Vaccination United Provinces of Agra and Oudh 1902-1913 - 1902-1913
Year: 1902
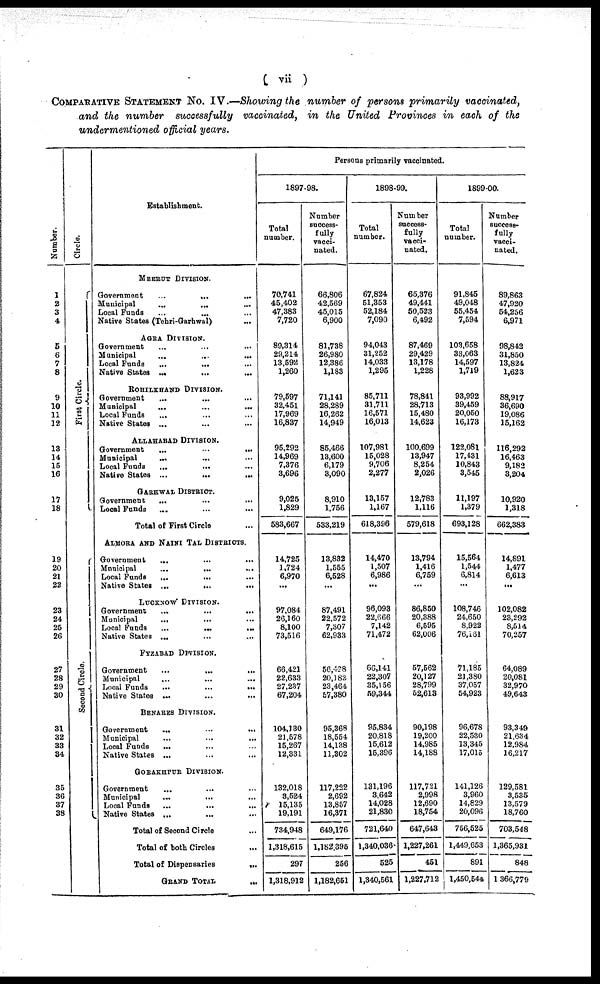
( vii )
COMPARATIVE STATEMENT No. IV.—Showing the number of persons primarily vaccinated,
and the number successfully vaccinated, in the United Provinces in each of the
undermentioned official years.
Number.
1
2
3
4
5
6
7
8
9
10
11
12
13
14
15
16
17
18
19
20
21
22
23
24
25
26
27
28
29
30
31
32
33
34
35
36
37
38
Circle.
First Circle.
Second Circle.
Establishment.
MEERUT DIVISION.
Government
...
...
...
Municipal
...
... ...
Local Funds
...
... ...
Native States (Tehri-Garhwal) ...
AGRA DIVISION.
Government ... ... ...
Municipal ... ... ...
Local Funds ... ... ...
Native States ...
... ...
ROHILKHUND DIVISION.
Government ... ... ...
Municipal ... ... ...
Local Funds ... ... ...
Native States ... ... ...
ALLAHABAD DIVISION.
Government
...
...
...
Municipal ... ... ...
Local Funds
...
... ...
Native States ... ... ...
GARHWAL DISTRICT.
Government
...
...
...
Local Funds ... ... ...
Total of First Circle ... ... ...
ALMORA AND NAINI TAL DISTRICTS.
Government
...
...
...
Municipal
...
... ...
Local Funds ... ... ...
Native States ...
...
...
LUCKNOW DIVISION.
Government
...
...
...
Municipal
... ... ...
Local Funds
...
...
...
Native States ... ... ...
FYZABAD DIVISION.
Government
...
...
...
Municipal
...
...
...
Local Funds ... ... ...
Native States ... ... ...
BENARES DIVISION.
Government
...
...
...
Municipal
...
...
...
Local Funds ... ... ...
Native States ... ... ...
GORAKHPUR DIVISION.
Government ... ... ...
Municipal
...
... ...
Local Funds
...
...
...
Native States ... ... ...
Total of Second Circle ...
Total of both Circles ...
Total of Dispensaries
...
GRAND TOTAL
...
Persons primarily vaccinated.
1897-98.
Total
number.
70,741
45,402
47,383
7,720
89,314
29,214
13,592
1,260
79,597
32,451
17,969
16,837
95,292
14,969
7,376
3,696
9,025
1,829
583,667
14,725
1,724
6,970
...
97,084
26,160
8,100
73,516
66,421
22,633
27,237
67,204
104,130
21,578
15,267
12,331
132,018
3,524
15,135
19,191
734,948
1,318,615
297
1,318,912
Number
success-
fully
vacci-
nated.
66,806
42,569
45,015
6,900
81,738
26,980
12,386
1,183
71,141
28,289
16,262
14,949
85,466
13,600
6,179
3,090
8,910
1,756
533,219
13,832
1,555
6,528
...
87,491
22,572
7,307
62,933
56,428
20,182
23,464
57,380
95,368
18,554
14,138
11,302
117,222
2,692
13,857
16,371
649,176
1,182,395
256
1,182,651
1898-99.
Total
number.
67,824
51,353
52,184
7,090
94,043
31,252
14,033
1,295
85,711
31,711
16,571
16,013
107,981
15,028
9,706
2,277
13,157
1,167
618,396
14,470
1,507
6,986
...
96,093
22,666
7,142
71,472
66,141
22,307
35,156
59,344
95,834
20,818
15,612
15,396
131,196
3,642
14,028
21,830
721,640
1,340,036
525
1,340,561
Number
success-
fully
vacci-
nated.
65,376
49,441
50,523
6,492
87,469
29,429
13,178
1,228
78,841
28,713
15,480
14,623
100,699
13,947
8,254
2,026
12,783
1,116
579,618
13,794
1,416
6,759
...
86,850
20,388
6,595
62,006
57,562
20,127
28,799
52,613
90,198
19,200
14,985
14,188
117,721
2,998
12,690
18,754
647,643
1,227,261
451
1,227,712
1899-00.
Total
number.
91,845
49,048
55,454
7,594
103,658
33,063
14,597
1,719
93,992
39,459
20,050
16,173
122,081
17,431
10,843
3,545
11,197
1,379
693,128
15,564
1,544
6,814
...
108,746
24,650
8,922
76,161
71,185
21,380
37,057
54,923
96,678
22,530
13,345
17,015
141,126
3,960
14,829
20,096
756,525
1,449,653
891
1,450,544
Number
success-
fully
vacci-
nated.
89,863
47,920
54,256
6,971
98,842
31,850
13,824
1,623
88,917
36,690
19,086
15,162
116,292
16,463
9,182
3,204
10,920
1,318
662,383
14,891
1,477
6,613
...
102,082
23,292
8,514
70,257
64,089
20,081
32,970
49,643
93,349
21,634
12,984
16,217
129,581
3,535
13,579
18,760
703,548
1,365,931
848
1,366,779